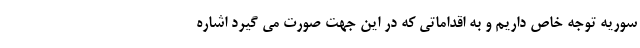
سوریه توجه خاص داریم و به اقداماتی که در این جهت صورت می گیرد اشاره